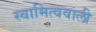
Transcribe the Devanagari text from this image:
स्वामित्ववाली